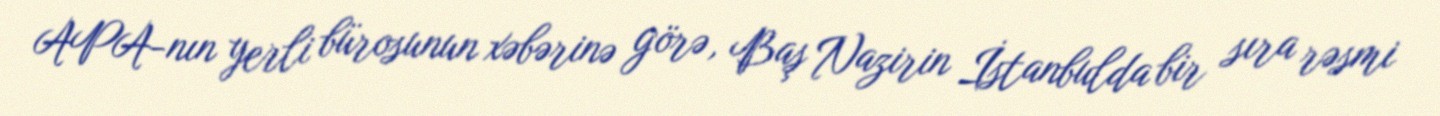
APA-nın yerli bürosunun xəbərinə görə, Baş Nazirin İstanbulda bir sıra rəsmi